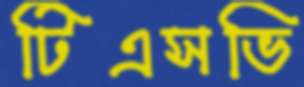
টিএসভি